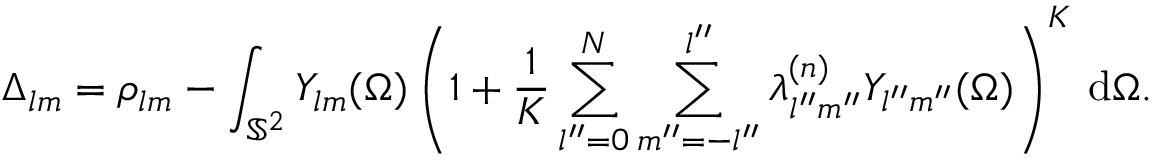
\Delta _ { l m } = \rho _ { l m } - \int _ { \mathbb { S } ^ { 2 } } Y _ { l m } ( \Omega ) \left( 1 + \frac { 1 } { K } \sum _ { l ^ { \prime \prime } = 0 } ^ { N } \sum _ { m ^ { \prime \prime } = - l ^ { \prime \prime } } ^ { l ^ { \prime \prime } } \lambda _ { l ^ { \prime \prime } m ^ { \prime \prime } } ^ { ( n ) } Y _ { l ^ { \prime \prime } m ^ { \prime \prime } } ( \Omega ) \right) ^ { K } \, \mathrm { d } \Omega .